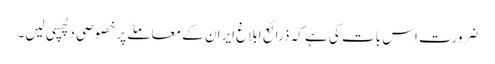
ضرورت اس بات کی ہے کہ ذرائع ابلاغ ایران کے معاملے پر خصوصی دلچسپی لیں۔